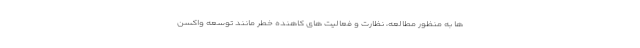
ها به منظور مطالعه، نظارت و فعالیت های کاهنده خطر مانند توسعه واکسن